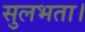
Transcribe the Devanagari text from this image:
सुलभता।